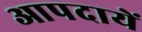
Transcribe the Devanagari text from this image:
आपदायें